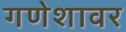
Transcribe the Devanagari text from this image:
गणेशावर